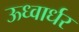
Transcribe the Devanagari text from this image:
ऊध्वार्धर